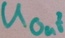
Text: UOut